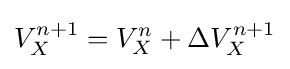
V_{X}^{n+1}=V_{X}^{n}+\Delta V_{X}^{n+1}